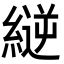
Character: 縌